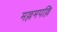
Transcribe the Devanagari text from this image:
मल्लमपल्लि